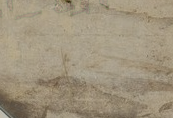
مطعم السلطاني يقدم لكم أش